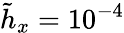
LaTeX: \tilde{h}_{x}=10^{-4}